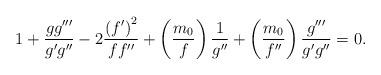
LaTeX: \begin{align*}1+\frac{gg^{\prime \prime \prime }}{g^{\prime }g^{\prime \prime }}-2\frac{\left( f^{\prime }\right) ^{2}}{ff^{\prime \prime }}+\left( \frac{m_{0}}{f}\right) \frac{1}{g^{\prime \prime }}+\left( \frac{m_{0}}{f^{\prime \prime }}\right) \frac{g^{\prime \prime \prime }}{g^{\prime }g^{\prime \prime }}=0. \end{align*}